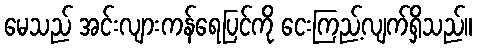
မေသည် အင်းလျားကန်ရေပြင်ကို ငေးကြည့်လျက်ရှိသည်။